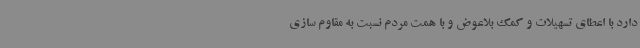
دارد با اعطای تسهیلات و کمک بلاعوض و با همت مردم نسبت به مقاوم سازی